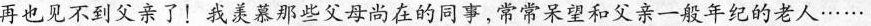
再也见不到父亲了！我羡慕那些父母尚在的同事，常常呆望和父亲一般年纪的老人……